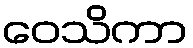
ဝေသိကာ